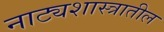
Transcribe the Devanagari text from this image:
नाट्यशास्त्रातील